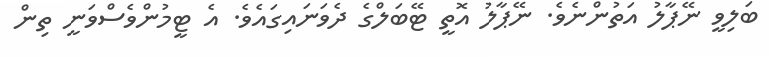
ބަލިވީ ނޭޕާލު އަތުންނެވެ. ނޭޕާލު އޮތީ ޓޭބަލްގެ ދެވަނައިގައެވެ. އެ ޓީމުންވެސްވަނީ ތިން